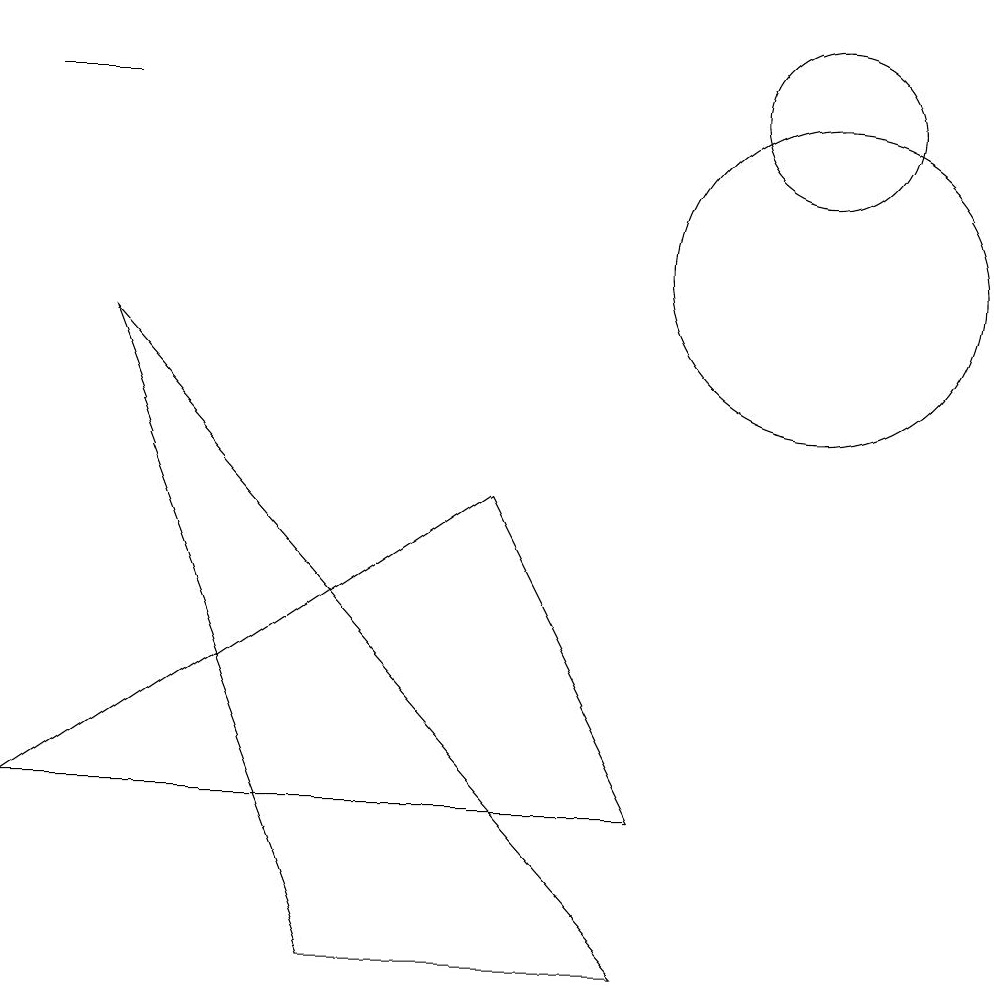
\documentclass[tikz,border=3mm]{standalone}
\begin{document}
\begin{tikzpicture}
\draw (9,3) -- (1,3) -- (7,7) -- cycle;
\draw (11,12) circle (1);
\draw (11,10) circle (2);
\draw (5,1) -- (2,9) -- (9,1) -- cycle;
\draw (2,12) rectangle (1,12);
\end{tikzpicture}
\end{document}